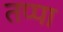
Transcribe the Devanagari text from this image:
तप्पा